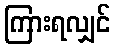
ကြားရလျှင်